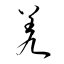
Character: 羌